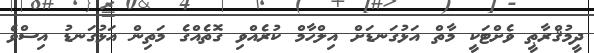
ދީމުޤްރާޠީ ވެށްޓަކީ މާތް އަޅުގަނޑަށް އިލްހާމް ކުރެއްވި ގޮތެއްގެ މަތިން އަޅުގަނޑު އިސްވެ